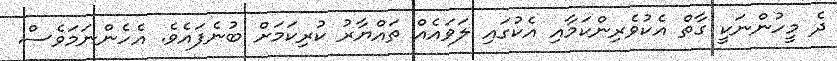
ދެ މީހުންނަކީ ގާތް އެކުވެރިންކަމާއި އެކުގައި ލަވައެއް ތައްޔާރު ކުރިކަމަށް ބުނެފައެވެ. އެހެންނަމަވެސް